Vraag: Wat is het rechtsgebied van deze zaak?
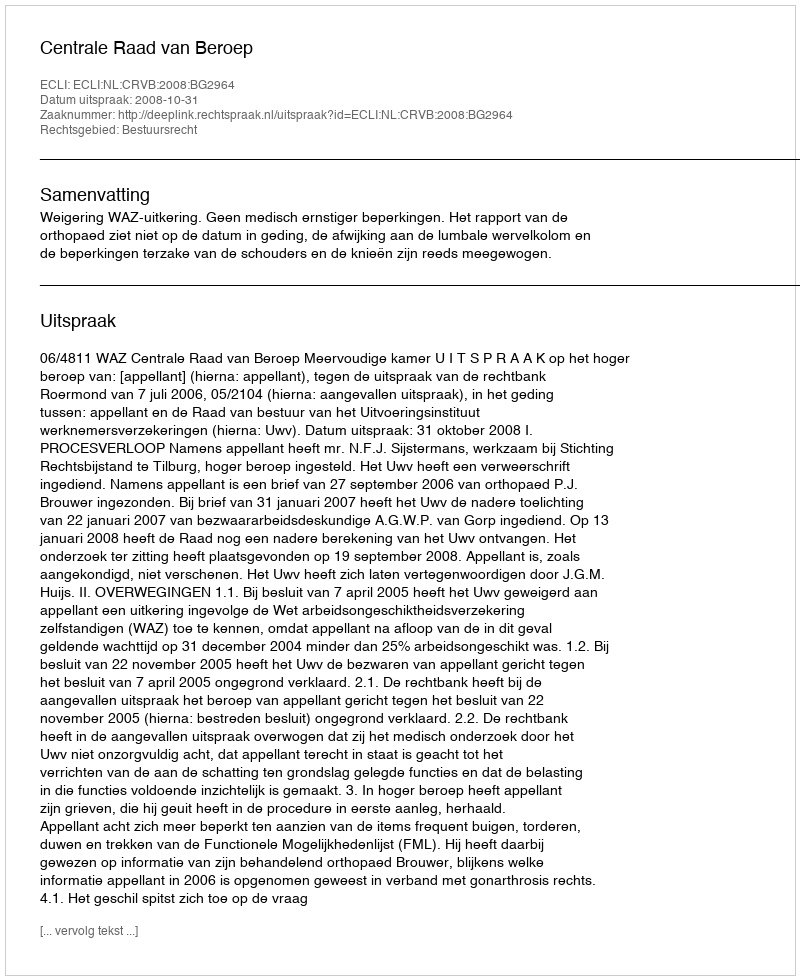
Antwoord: Bestuursrecht